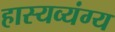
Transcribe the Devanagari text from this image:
हास्यव्यंग्य